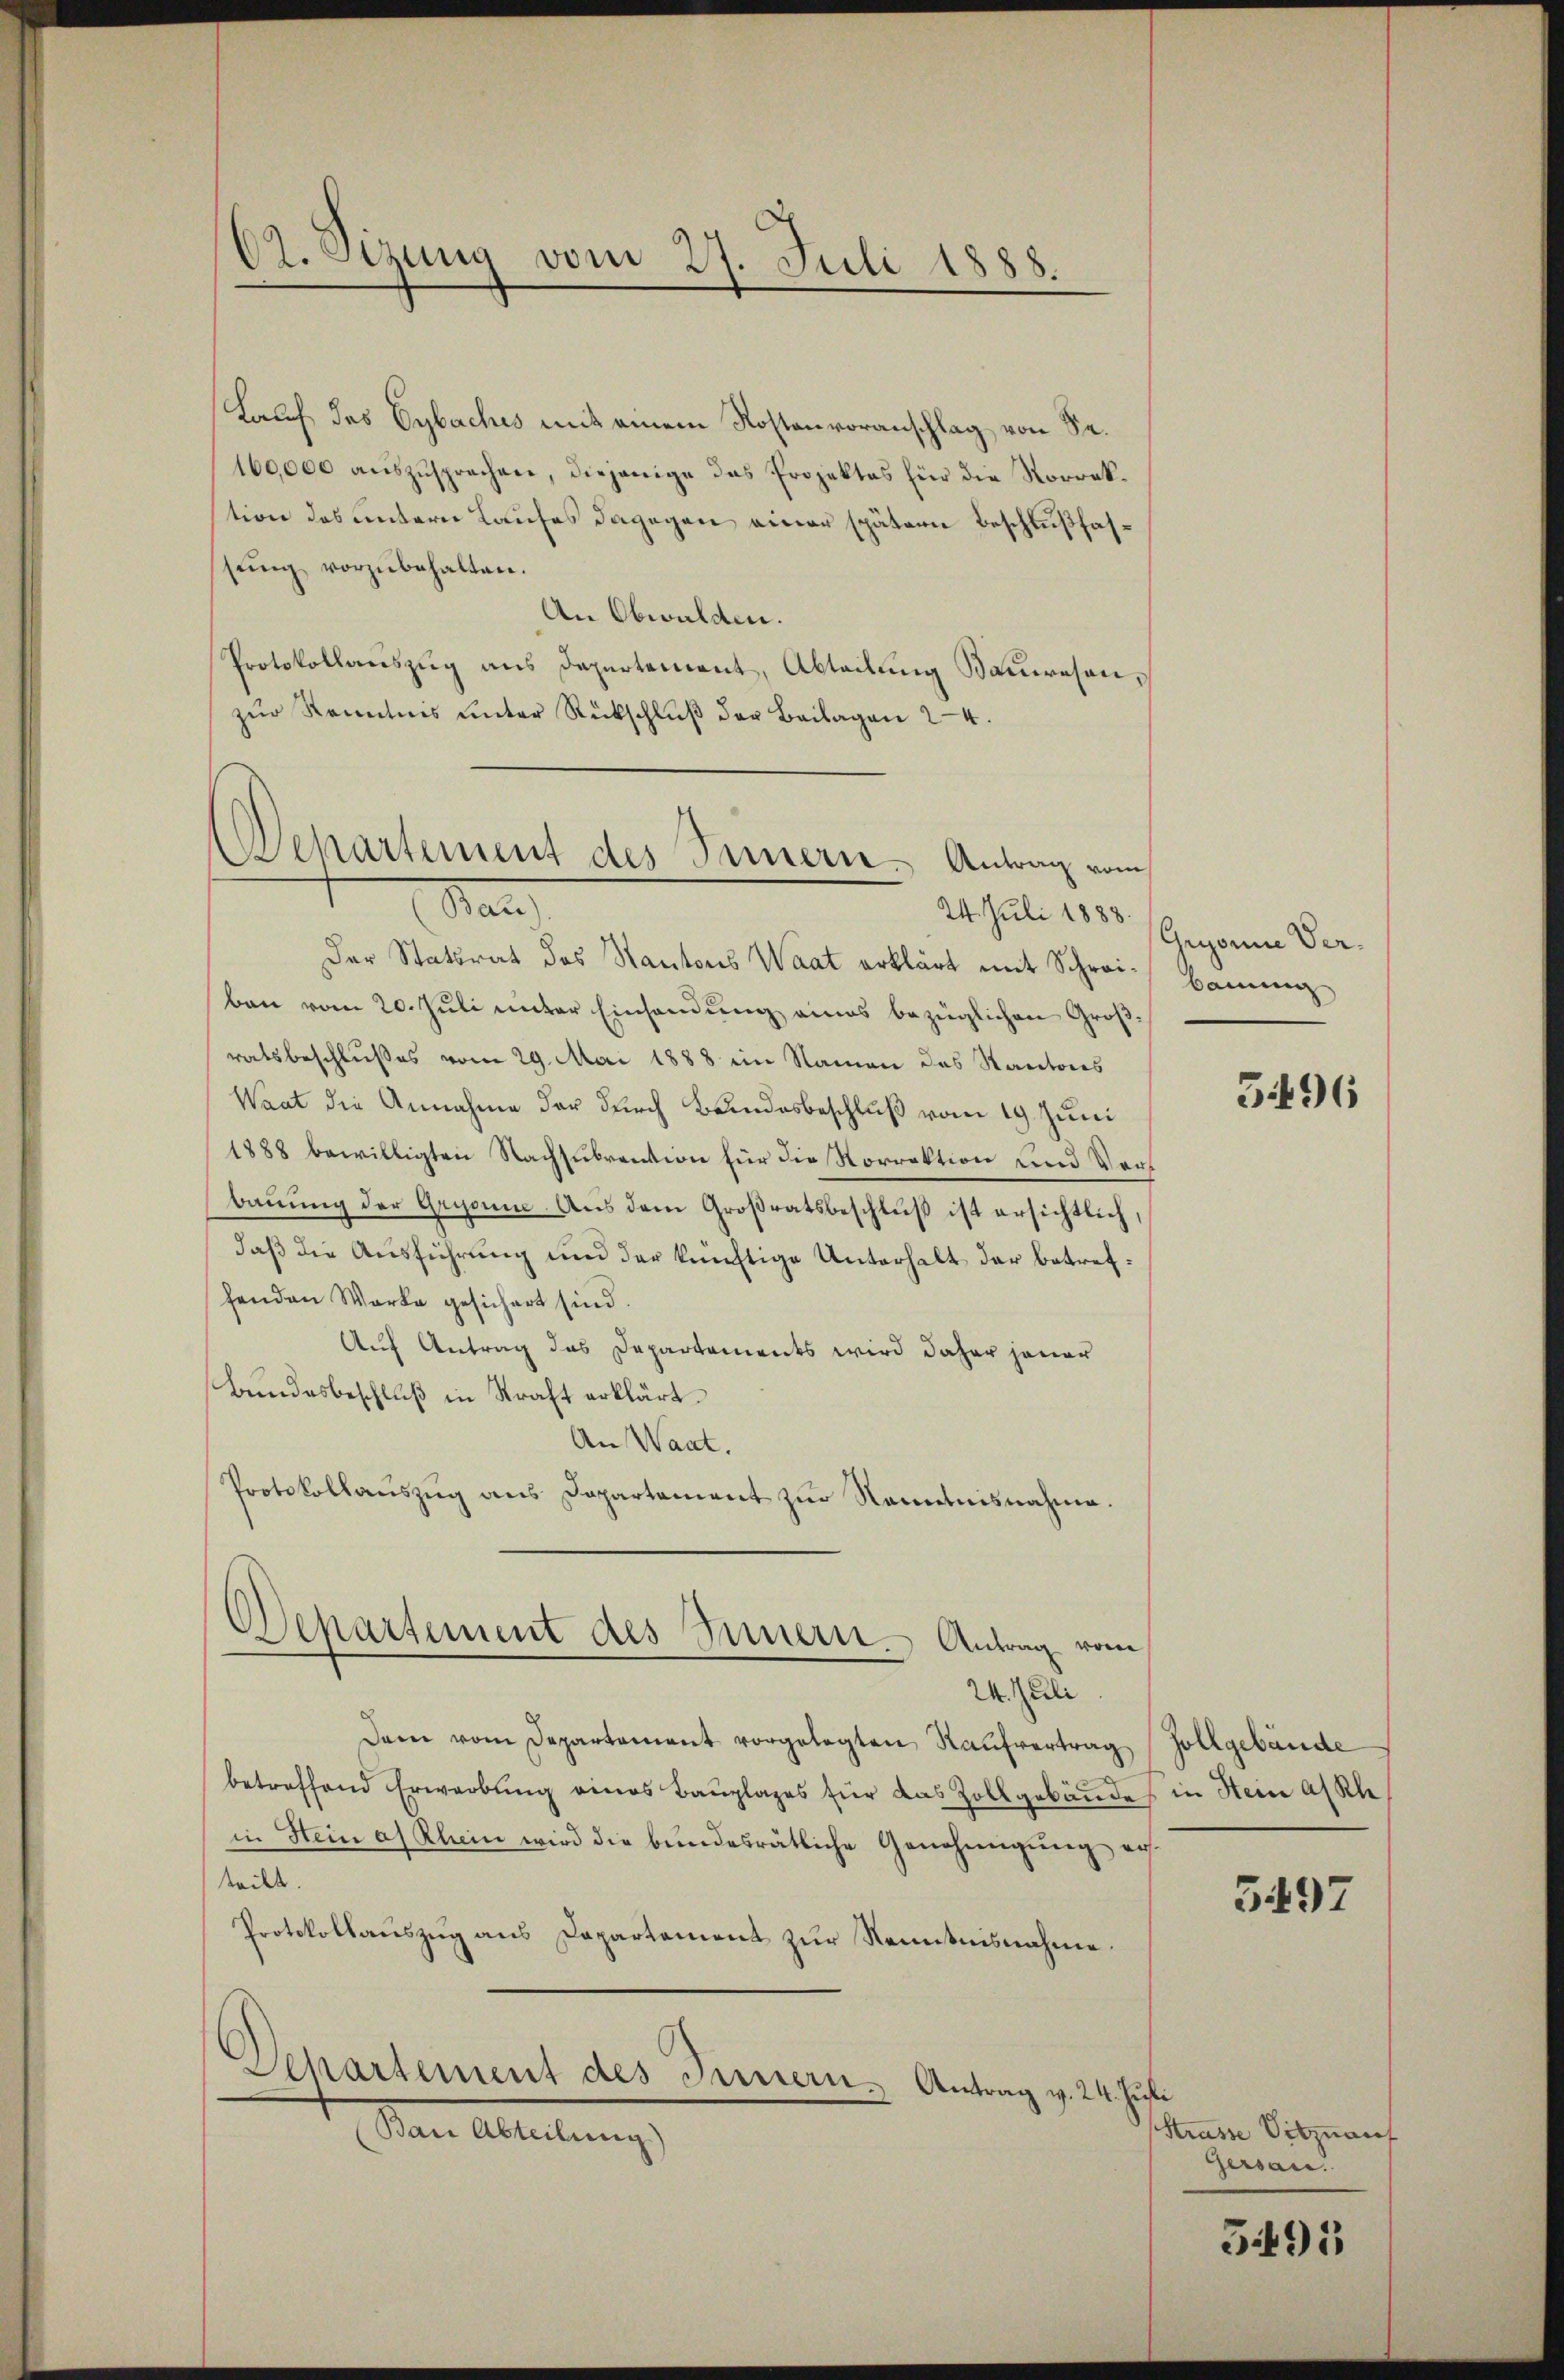
Lauf des Cybaches mit einem Kostenvoranschlag von Sr.
160,000 auszusprechen, diejenige das Projektes für die Korrektion des untern Laufes dagegen einer spätern Beschlußfasssung vorzubehalten.
An Obwalden.
Protokollauszug aus Departement, Abteilung Bauwesen,
zŭr Kenntnis ŭnter Rückschlŭβ der Beilagen 24.

C2. Sitzung vom 27. Juli 1888.

Crepartement des Sinnern, Antrag vom
San
24. Juli 1888

Der Statsrat des Kantons Waat erklärt mit Schreiben vom 20. Juli unter Einsendung eines bezüglichen Großratsbeschlußes vom 29. Mai 1888 ein Namen des Kantones
Waat die Annahme der durch Bundesbeschluß vom 19. Juni
1888 bewilligten Nachsubvention für die Norrektion und Vors
bauung der Gryonne Aus dem Großratsbeschluß ist ersichtlich,
daß die Ausführung und der künftige Unterhalt der betreffenden Werke gesichert sind
Auf Antrag das Departements wird daher jener
Bundesbeschluß in Straft erklärt.
An Waat.
Protokollaŭszŭg ans Departament zŭr Kenntnisnahme.
Departement des Innern. Antrag vom
24. Juli
Dem vom Departement vorgelegten Kaufvertrag Zollgebäude
betreffend Erwarbŭng eines Baŭplages für das Zollgebäude in Stein an Sch
in Stein a. Rhein wird die bundesrätliche Genehmigung aufteilt.
Protokollauszug aus Capartement zur Kenntnisnahme.
Departement des Innern. Antrag v. 24. Juli
Stern Arbeitung

Gegonne Verbauung

396

3497

Strasse Vitznauf
Gersan.

5495